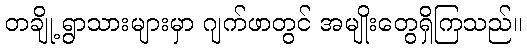
တချို့ ရွာသားများမှာ ဂျက်ဖာတွင် အမျိုးတွေရှိကြသည်။